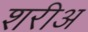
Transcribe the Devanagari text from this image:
शरीअ